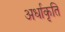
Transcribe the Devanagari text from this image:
अर्धाकृति